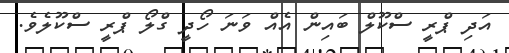
އަދި ޕްރީ ސްކޫލް ބައިން އެއް ވަނަ ހޯދީ ގްލޯ ޕްރީ ސްކޫލެވެ.